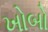
ખોબો